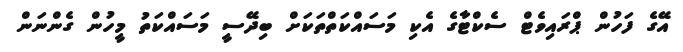
އޭގެ ފަހުން ޕްރައިވެޓް ސެކްޓާގެ އެކި މަސައްކަތްތަކަށް ބިދޭސީ މަސައްކަތު މީހުން ގެންނަން